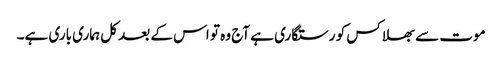
موت سے بھلا کس کو رستگاری ہے آج وہ تو اس کے بعد کل ہماری باری ہے۔